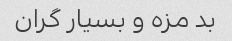
بد مزه و بسیار گران